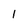
Character: 1